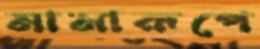
নানারূপে